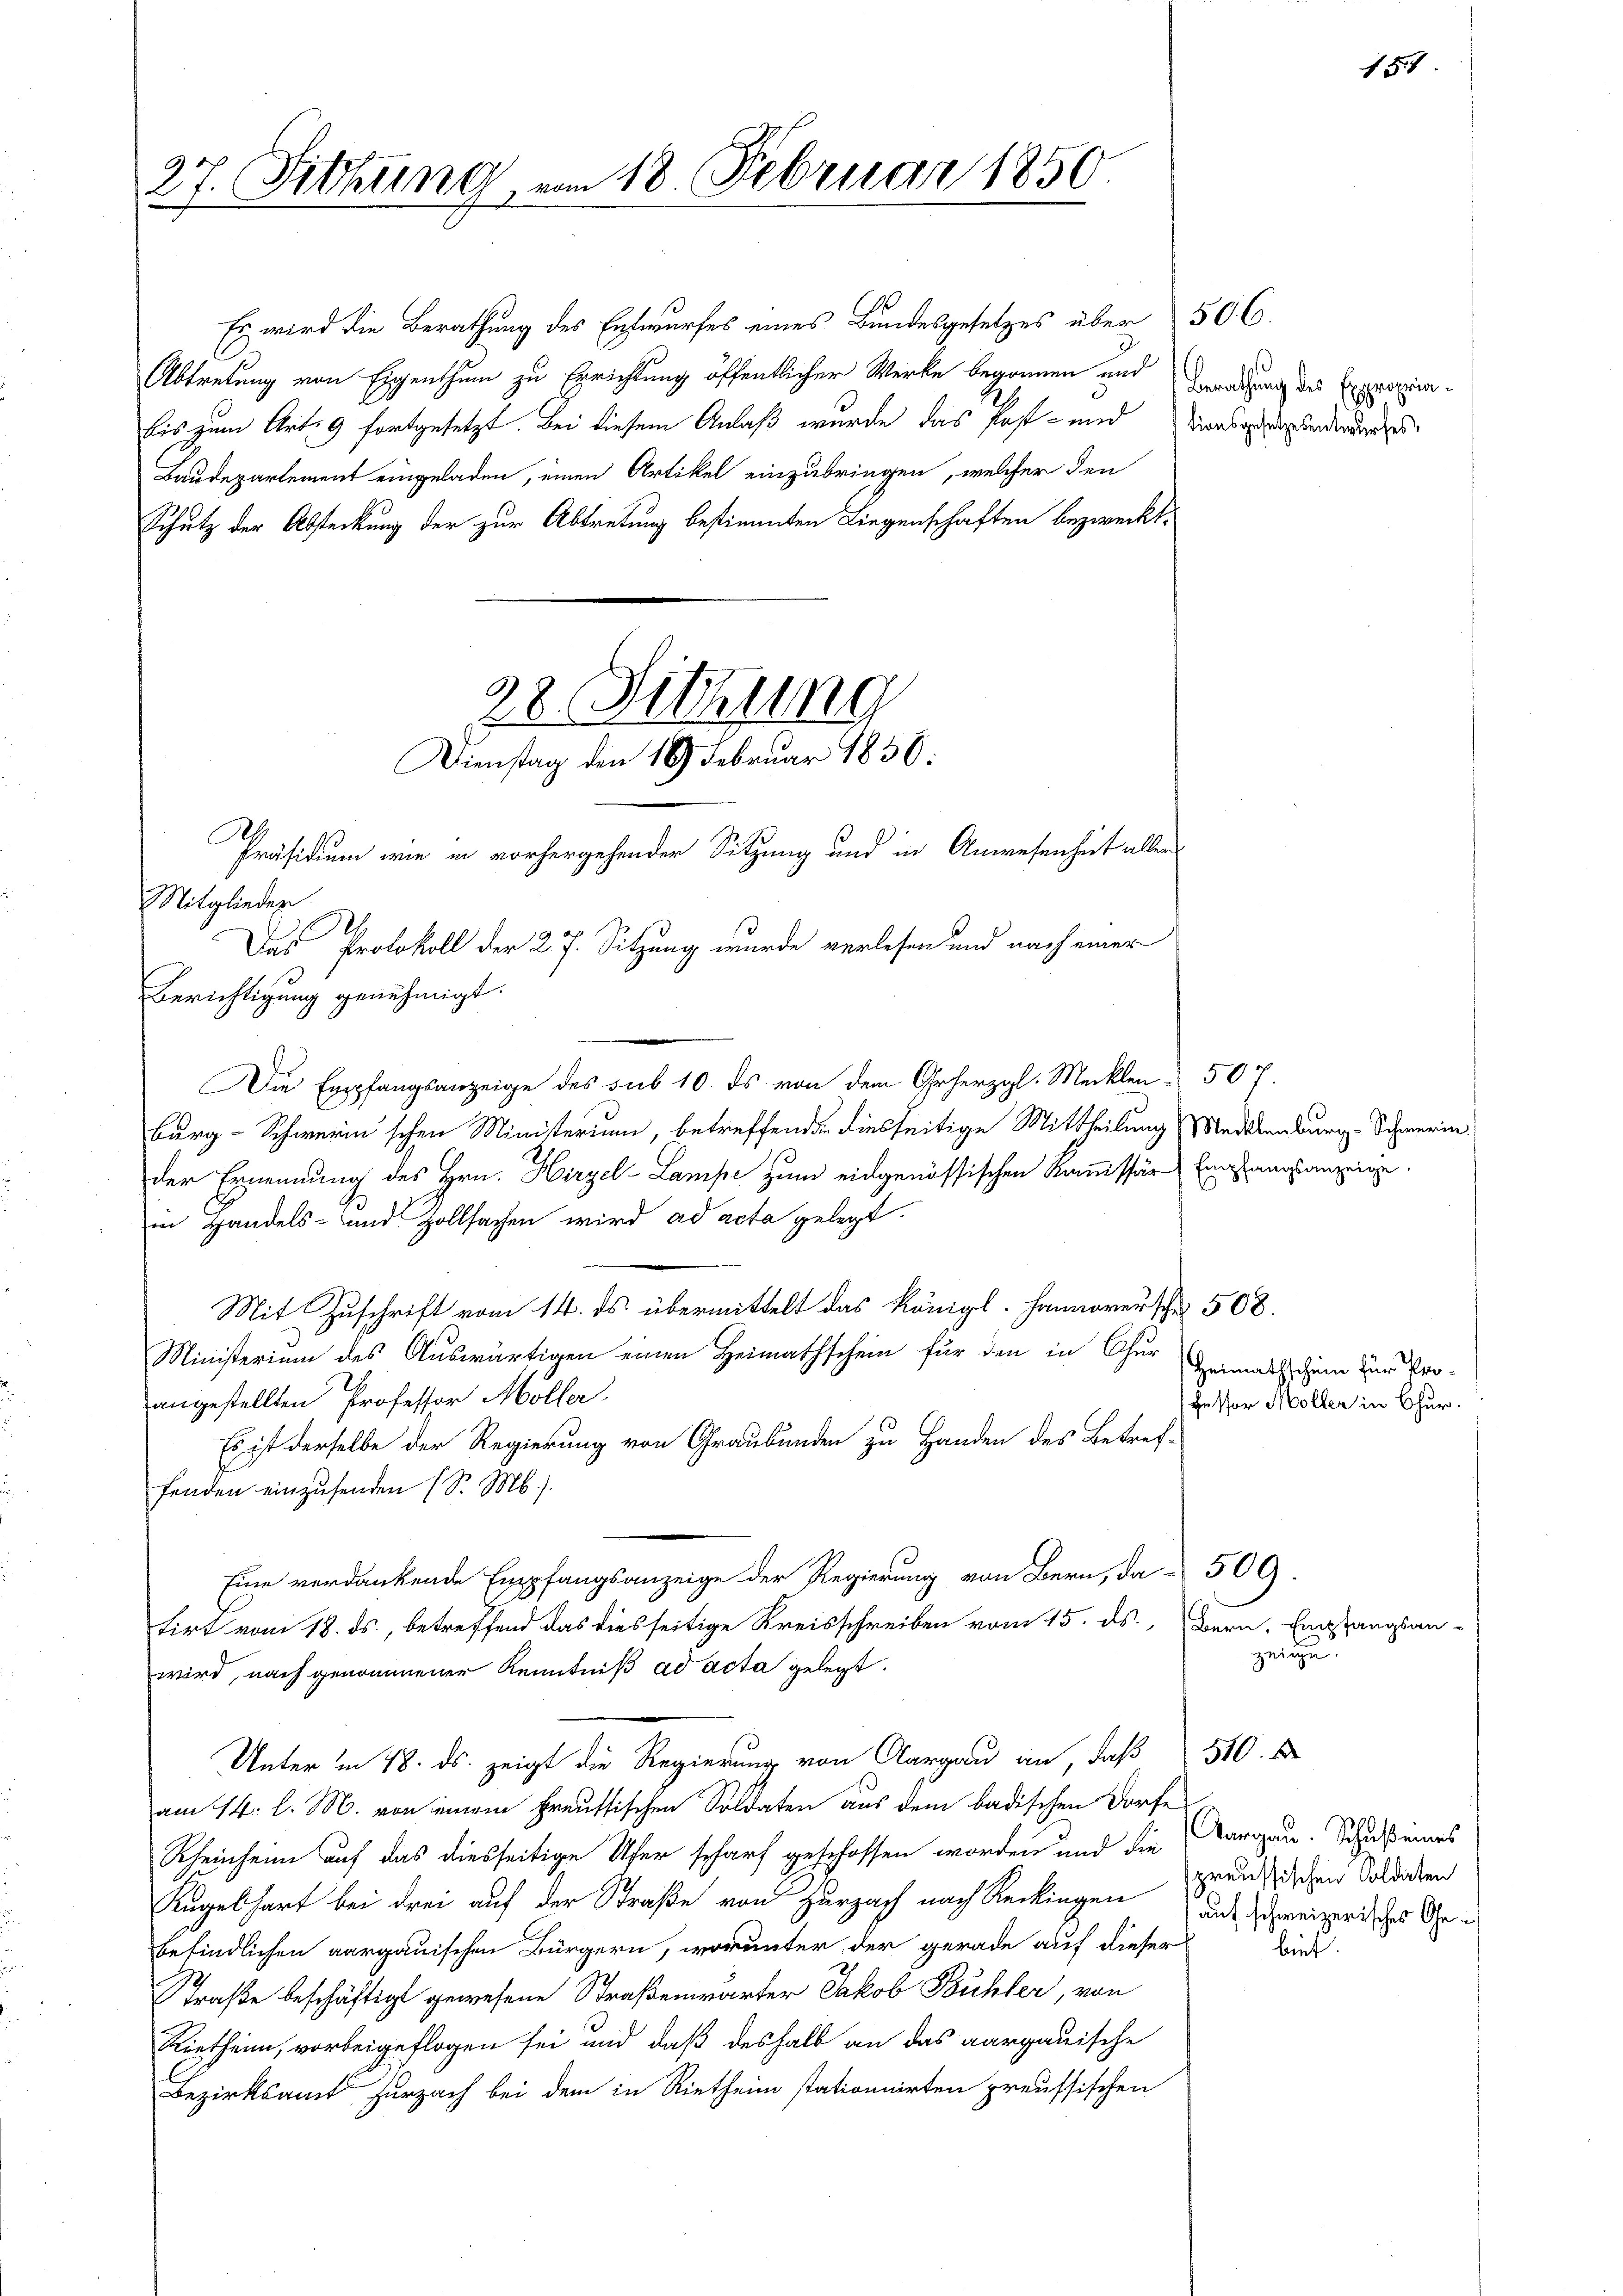
Es wird die Berathung des Entwurfes eines Bundesgesetzes über
Abtretung von Eigenthum zu Errichtung öffentlicher Werke begonnen und
bis zum Art. 9 fortgesetzt. Bei diesem Anlaß wurde das Post- und
Baudepartement eingeladen, einen Artikel einzubringen, welcher den
Schutz der Absteckung der zur Abtretung bestimmten Liegenschaften bezweckt.

27. Fittung am 18. Februar 1850
.

Präsidium wie in vorhergehender Sitzung und in Anwesenheit allen
Mitglieder
2
Berichtigung genehmigt.
Die Empfangsanzeige des sub 10. ds. von dem Grherzgl. Mecklen 507.
burg-Schweren'schen Ministerium, betreffend diesseitige Mittheilung (Medekenburg. Schwerin
der Ernennung des Hrn. Hirzel-Lampe zum eidgenössischen Kommissär Empfangsanzeige.
in Handels- und Zollsachen wird ad acta gelegt.
Mit Zuschrift vom 14. ds. übermittelt das Königl. Hannoversche 508.
Ministerium des Auswärtigen einen Heimathschein für den in Chur Heimatschein zur Proangestellten Professor Möller.
Es ist derselbe der Regierung von Graubünden zu Handen des Betref-
fenden einzusenden (S. M.).
Eine verdankende Empfangsanzeige der Regierung von Bern, da § 509.
tirt vom 18. ds., betreffend das diesseitige Kreisschreiben vom 15. ds., Bern, Empfangsanwird, nach genommener Kenntniß ad acta gelegt.
Unter in 18. ds. zeigt die Regierung von Aargau an, daß 510.
am 14. l. M. von einem freuttischen Soldaten aus dem badischen Dorfe
Rheinheim auf das diesseitige Ufer scharf geschossen worden und die Aargau. Schuß eines
Kugelhart bei drei auf der Straße von Zurzach nach Reckingen auf schweizerisches Ohrbefindlichen aargauischen Bürgern, worunter der gerade auf dieser
Straße beschäftigt gewesene Straßenwärter Jakob Bühler, von
Rietheim, vorbeigeflogen sei und daß deshalb an das aargauische
Bezirksamt Zurzach bei dem in Rietheim stationnirten preussischen

28. Sitzung
Dienstag den 16. Februar 1850:

Das Protokoll der 27. Sitzung wurde verlesen und nach einer

506.
Berathung des Expropriationsgesetzesentwurfes,

fessor Möller in Chur.

zeige.

154

preussischen Soldaten
biet